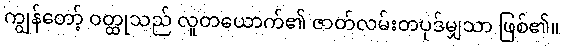
ကျွန်တော့် ဝတ္ထုသည် လူတယောက်၏ ဇာတ်လမ်းတပုဒ်မျှသာ ဖြစ်၏။